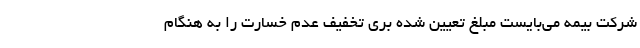
شرکت بیمه می‌بایست مبلغ تعیین شده بری تخفیف عدم خسارت را به هنگام